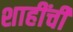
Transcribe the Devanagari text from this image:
शाहींची